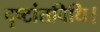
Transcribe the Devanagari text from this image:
दृष्टांतविधि।